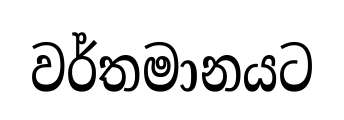
වර්තමානයට